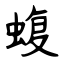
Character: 蝮